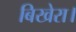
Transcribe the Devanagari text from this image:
बिखेरा।